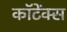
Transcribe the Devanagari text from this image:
कॉटेंक्स